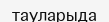
тауларыда